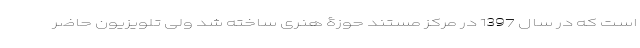
است که در سال 1397 در مرکز مستند حوزۀ هنری ساخته شد ولی تلویزیون حاضر